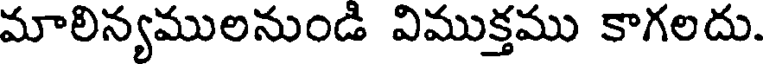
మాలిన్యములనుండి విముక్తము కాగలదు.